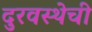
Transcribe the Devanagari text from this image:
दुरवस्थेची